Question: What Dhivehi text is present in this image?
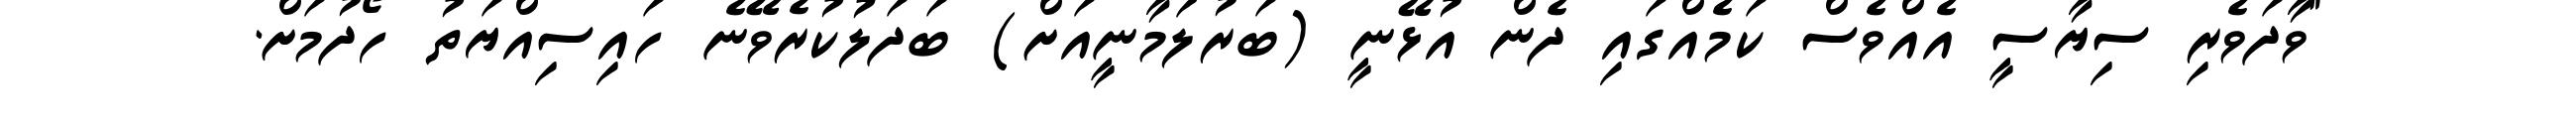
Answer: "ވާދަވެރި ސިޔާސީ އެއްވެސް ކަމެއްގައި ދެން އުޅޭނީ (ބަރުލަމާނީއަށް) ބަދަލުކުރެވޭނެ ހައިސިއްޔަތު ހޯދުމަށް.